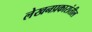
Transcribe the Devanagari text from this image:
लेखनप्रकारांतील